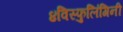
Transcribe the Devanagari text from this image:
४विस्फुलिंगिनी